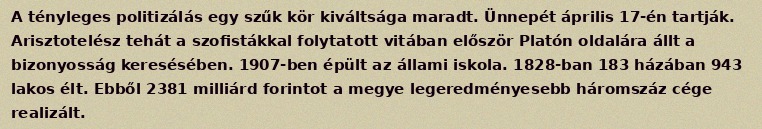
A tényleges politizálás egy szűk kör kiváltsága maradt. Ünnepét április 17-én tartják. Arisztotelész tehát a szofistákkal folytatott vitában először Platón oldalára állt a bizonyosság keresésében. 1907-ben épült az állami iskola. 1828-ban 183 házában 943 lakos élt. Ebből 2381 milliárd forintot a megye legeredményesebb háromszáz cége realizált.